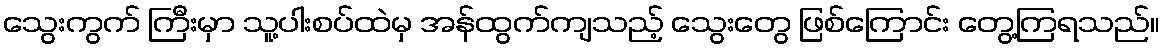
သွေးကွက် ကြီးမှာ သူ့ပါးစပ်ထဲမှ အန်ထွက်ကျသည့် သွေးတွေ ဖြစ်ကြောင်း တွေ့ကြရသည်။